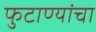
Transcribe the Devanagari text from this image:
फुटाण्यांचा